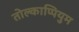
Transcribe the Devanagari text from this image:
तोल्काप्पियुम